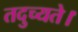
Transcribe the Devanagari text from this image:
तदुच्यते।